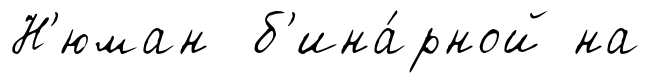
Н'юман б'ина́рной на